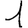
Digit: 1